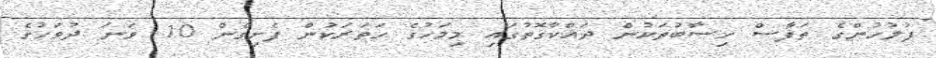
ފުލުހުންގެ ތަފާސް ހިސާބުތަކުން ދައްކާގޮތުގައި މިމަހުގެ ހަތަރަކުން ފެށިގެން 10 ވަނަ ދުވަހުގެ